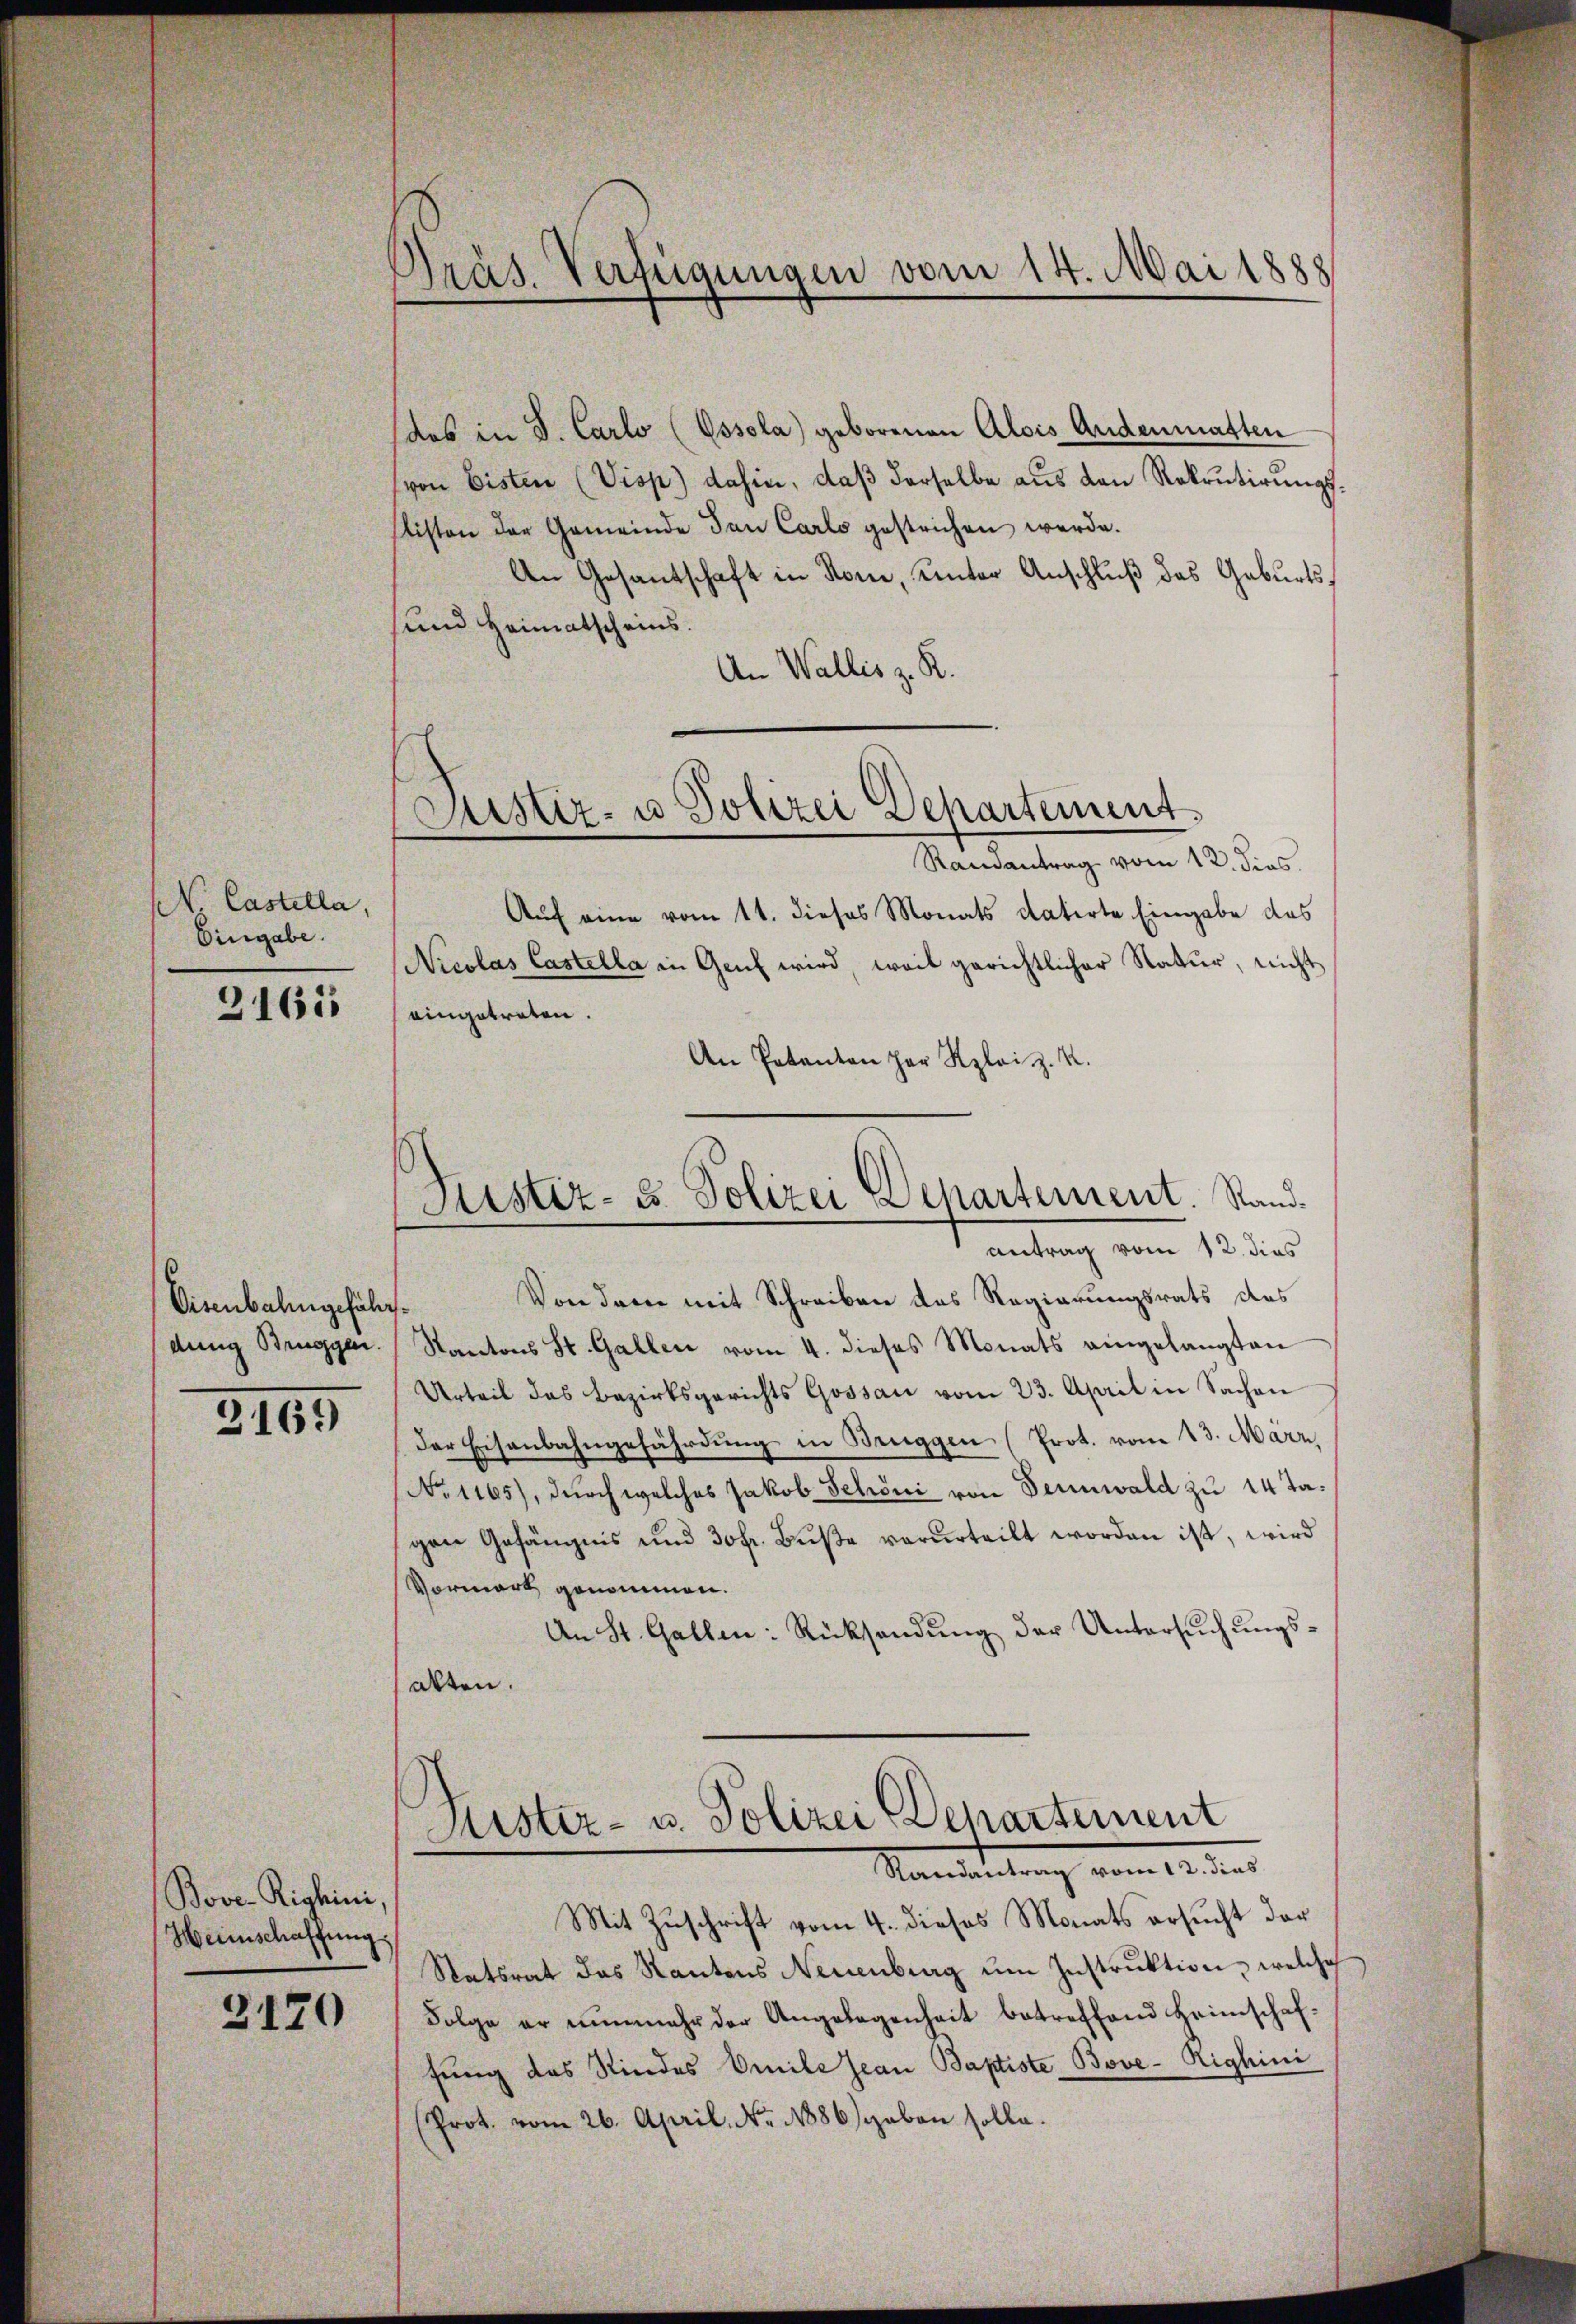
N. Castella,
Eingabe.

2165

Eisenbahngeführt.
dung Bruggen.

2169

Bove-Righini,
Heinschaffung

3120

Präs. Verfügungen vom 14. Mai 1888

das in S. Carlo (Ossola geborenen Alois Andenmatten
(von bisten (Visp) dahin, daβ derselbe aus den Rekrutirungsslisten der Gemeinde den Carlo gestrichen werde.
An Gesantschaft in Rom, unter Anschluß das Geburts¬
und Heimatscheins.
An Wallis z. R.

d
Justiz- u Polizei Departement.
.

Randantrag vom 12. dies.
Auf eine vom 11. dieses Monats datirte Eingabe das
Nicolas Castella in Genf wird, weil gerichtlicher Natur, nicht
eingetreten.
An Pakanton her Klaiz. K.
Von drei mit Schreiben das Regierungsrats des
Kantons St. Gallen vom 4. dieses Monats eingelangten
Urteil das Bezirksgerichts Gossau vom 23. April in Sachen
der Eisenbahngefährdung in Bruggen (Prot. vom 23. März,
No 1165), durch welches Jakob Schöni von Sennwald zu 14 Tagen Gefängnis und 30fr. Buße verurteilt worden ist, wird
Vormark genommen.
An St. Gallen: Rücksendung der Untersuchungsalten.

Justiz- & Polizei Departement. Standantrag vom 12. dies

Sistiz- u. Polizei Departement
Randantrag vom 12. dies

Mit Zuschrift vom 4. dieses Monats ersucht der
Statsrat das Kantons Neuenburg ŭm Instruktion, welche
Folge er nunmehr der Angelegenheit betreffend Heimschaffung das Kindes Omile Jean Baptiste Bove-Righini
(Prot. vom 26. April. Nr. 1886 gaben solle.